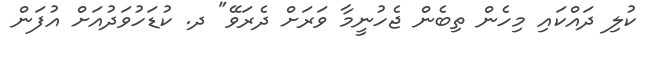
ކުލި ދައްކައި މިހެން ތިބެން ޖެހުނީމާ ވަރަށް ދެރަވޭ" ދ. ކުޑަހުވަދުއަށް އުފަން